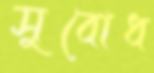
সুবোধ